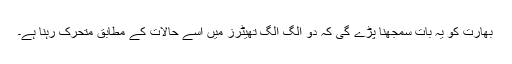
بھارت کو یہ بات سمجھنا پڑے گی کہ دو الگ الگ تھیٹرز میں اُسے حالات کے مطابق متحرک رہنا ہے۔